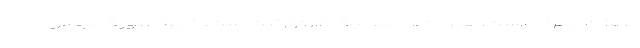
مالکان مطرح نیست، همواره در صلاحیت اداره‌ی ثبت است. کاربرد صورت مجلس